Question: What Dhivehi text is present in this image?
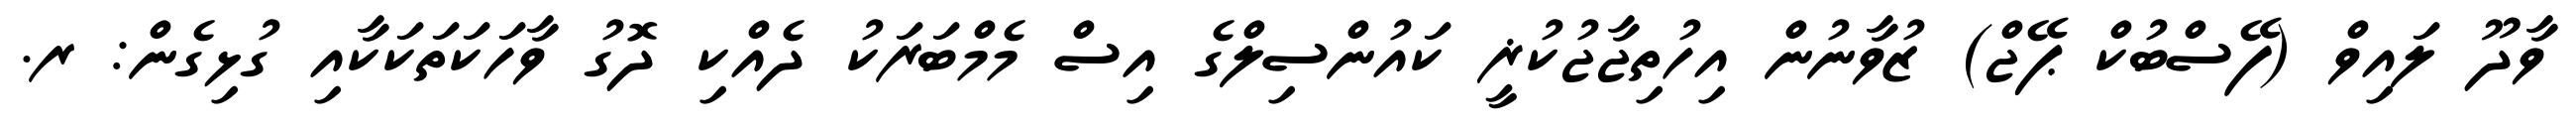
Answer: ވާދޫ ލައިވް (ފޭސްބުކް ޕޭޖް) ޒުވާނުން އިހުތިޖާޖުކުޜީ ކައުންސިލްގެ އިސް މެމްބަރަކު ދެއްކި ދޮގު ވާހަކަތަކަކާއި ގުޅިގެން: ރ.